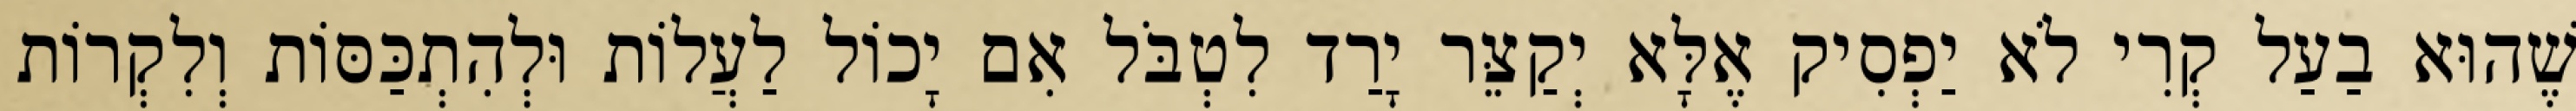
שֶׁהוּא בַעַל קְרִי לֹא יַפְסִיק אֶלָּא יְקַצֵּר יָרַד לִטְבֹּל אִם יָכוֹל לַעֲלוֹת וּלְהִתְכַּסּוֹת וְלִקְרוֹת